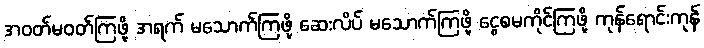
အဝတ်မဝတ်ကြဖို့ အရက် မသောက်ကြဖို့ ဆေးလိပ် မသောက်ကြဖို့ ငွေစမကိုင်ကြဖို့ ကုန်ရောင်းကုန်